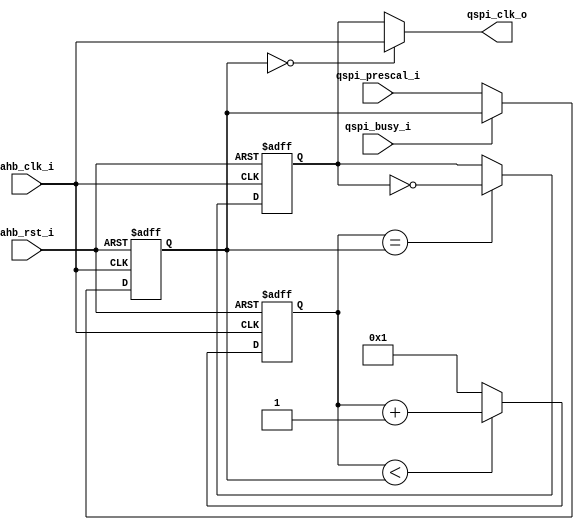
//---------------------------------------------------------------------
//                                          
//     ____     ____     _____    _____    __  __    _____     ____  
//    /\___\   /\___\   /\____\  |\_____\ |\_\|\_\  |\____\   /\___\ 
//   |\/ _ _\ |\/ _  \  \/ ____| ||  ___| ||  \/  | \|_   _| |\/ _ _\
//   || |     || /_\  | \| |__   || |_\   ||      |   || |   || |    
//   || |___  || |__| |  _\__ \  ||  _|_  || |\/| |  _|| |_  || |___ 
//   \| |___\ || | || | |\__\| | || |___\ || |  | | |\_| |_\ \| |___\
//    \\____/ \|_| \|_| \|____/  \|_____| \|_|  |_| \|_____|  \\____/
//
//  COPYRIGHT 2017, ALL RIGHTS RESERVED
//  
//  Filename:   qspi_clk_div
//  Author:          
//  Date:            
//
//  Project:         
//  Descriptions: AHB Interface register for Quad-SPI controller.
//---------------------------------------------------------------------

module   qspi_clk_div (
                       ahb_rst_i,
                       ahb_clk_i,
					   qspi_prescal_i,
					   qspi_busy_i,
					   qspi_clk_o
					   );
//--------------------------------
//  Ports
//--------------------------------					   
input                  ahb_rst_i;
input                  ahb_clk_i;
input [7:0]            qspi_prescal_i;
input                  qspi_busy_i;
output                 qspi_clk_o;
//--------------------------------
//  Wires and REGs
//--------------------------------
reg [7:0]              qspi_prescal_r;            
reg [7:0]              clk_div_cnt;            
reg                    clk_div;            

always@(posedge ahb_clk_i or negedge ahb_rst_i) begin
  if(!ahb_rst_i) begin
    qspi_prescal_r <= 8'h0;
  end
  else if(!qspi_busy_i) begin
    qspi_prescal_r <= qspi_prescal_i;
  end
end

always@(posedge ahb_clk_i or negedge ahb_rst_i) begin
  if(!ahb_rst_i) begin
    clk_div_cnt <= 8'h1;
	clk_div     <= 1'b0;
  end
  else begin
    if(clk_div_cnt < qspi_prescal_r)
       clk_div_cnt <= clk_div_cnt + 1'b1;
    else
       clk_div_cnt <= 8'h1;
  
    if(clk_div_cnt  == qspi_prescal_r)
	  clk_div <= ~clk_div;
	else
	  clk_div <= clk_div;
  end
end
assign qspi_clk_o = (qspi_prescal_r == 8'h0)?ahb_clk_i:clk_div;

endmodule